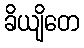
ခိယျိတေ